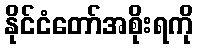
နိုင်ငံတော်အစိုးရကို